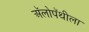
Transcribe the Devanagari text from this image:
अॅलोपॅथीला